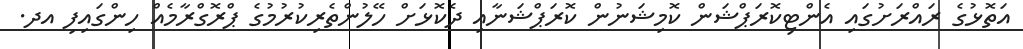
އަތޮޅުގެ ރައްރަށުގައި އެންޓިކޮރަޕްޝަން ކޮމިޝަނުން ކޮރަޕްޝަނާއި ދެކޮޅަށް ހޭލުންތެރިކުރުމުގެ ޕްރޮގްރާމެއް ހިންގައިފި އދ.